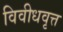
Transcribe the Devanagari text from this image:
विवीधवृत्त